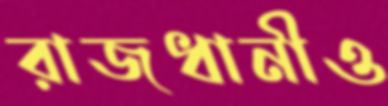
রাজধানীও